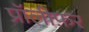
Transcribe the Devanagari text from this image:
प्रॉलीफ़र